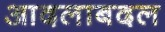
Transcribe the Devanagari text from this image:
आदलाबदल